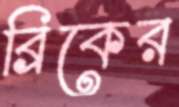
ব্রিকের